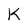
Character: K